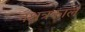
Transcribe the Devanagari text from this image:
नक्षत्रकाल